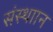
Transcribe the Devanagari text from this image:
संस्थाान